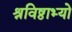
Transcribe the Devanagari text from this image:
श्रविष्ठाभ्यो